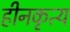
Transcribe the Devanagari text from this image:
हीनकृत्य